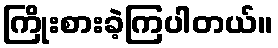
ကြိုးစားခဲ့ကြပါတယ်။